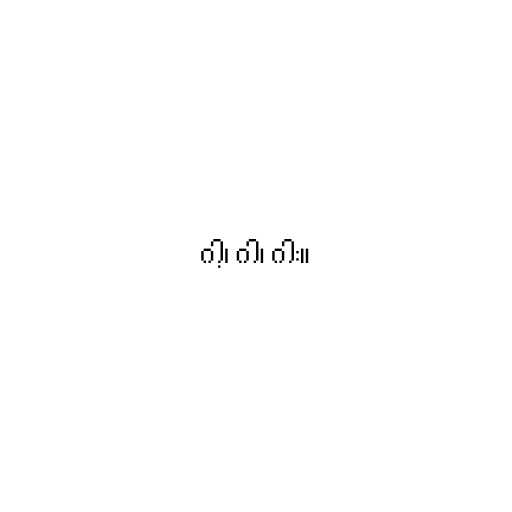
ဂါ့၊ ဂါ၊ ဂါး။